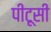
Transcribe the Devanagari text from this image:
पीटूसी